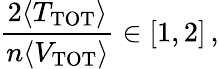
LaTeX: {\frac{2\langle T_{\mathrm{TOT}}\rangle}{n\langle V_{\mathrm{TOT}}\rangle}}\in\left[1,2\right]\, ,